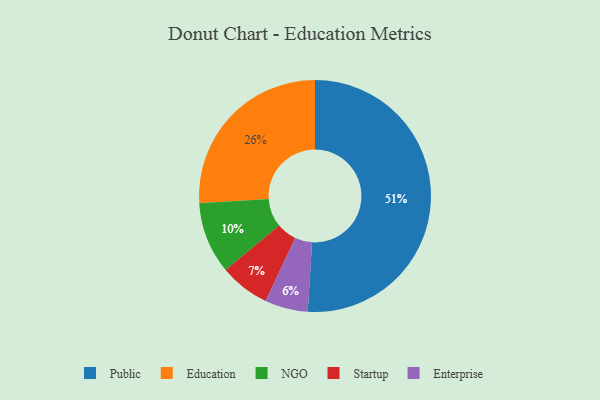
{"axis": {"x": "Category", "y": "Percentage"}, "legend": ["Education", "Enterprise", "NGO", "Public", "Startup"], "data": [{"x": "Startup", "y": 7, "type": "Startup"}, {"x": "Enterprise", "y": 6, "type": "Enterprise"}, {"x": "Public", "y": 51, "type": "Public"}, {"x": "Education", "y": 26, "type": "Education"}, {"x": "NGO", "y": 10, "type": "NGO"}]}